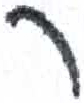
אות: ר